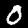
Digit: 0